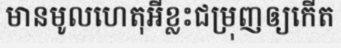
មានមូលហេតុអីខ្លះជម្រុញឲ្យកើត